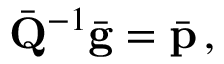
\bar { \bf Q } ^ { - 1 } \bar { \bf g } = \bar { \bf p } \, ,